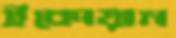
ইকোয়ান